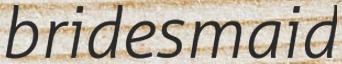
bridesmaid